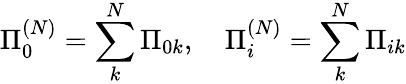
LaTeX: \Pi_{0}^{(N)}=\sum_{k}^{N}\Pi_{0k},~~~~\Pi_{i}^{(N)}=\sum_{k}^{N}\Pi_{ik}